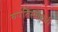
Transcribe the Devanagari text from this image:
बपतिस्माधारी